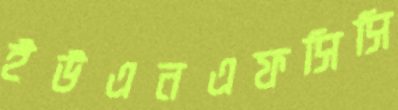
ইউএনএফসিসি